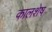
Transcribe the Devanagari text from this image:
कालशेष